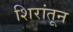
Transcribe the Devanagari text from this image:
शिरांतून